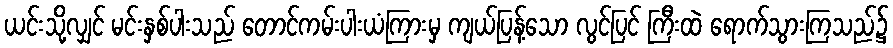
ယင်းသို့လျှင် မင်းနှစ်ပါးသည် တောင်ကမ်းပါးယံကြားမှ ကျယ်ပြန့်သော လွင်ပြင် ကြီးထဲ ရောက်သွားကြသည်၌